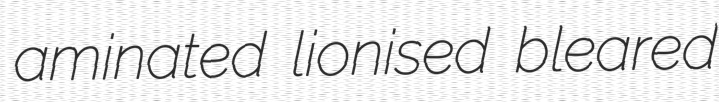
aminated lionised bleared